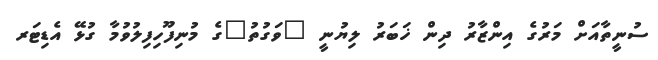
ސުނީތާއަށް މަރުގެ އިންޒާރު ދިން ޚަބަރު ލިޔުނީ "ވަގުތު"ގެ މުނިފޫހިފިލުވުމާ ގުޅޭ އެޑިޓަރ